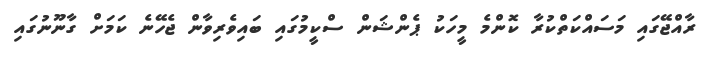
ރާއްޖޭގައި މަސައްކަތްކުރާ ކޮންމެ މީހަކު ޕެންޝަން ސްކީމުގައި ބައިވެރިވާން ޖެހޭނެ ކަމަށް ގާނޫނުގައި